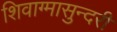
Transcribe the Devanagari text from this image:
शिवाग्मासुन्दरी